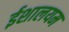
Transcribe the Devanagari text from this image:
ईशालयम